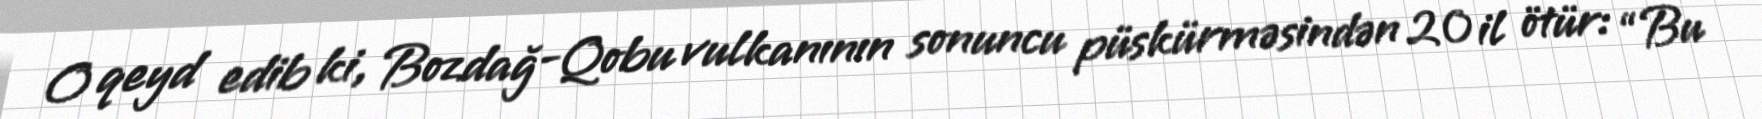
O qeyd edib ki, Bozdağ-Qobu vulkanının sonuncu püskürməsindən 20 il ötür: “Bu